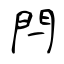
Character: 閂